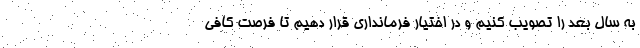
به سال بعد را تصویب کنیم و در اختیار فرمانداری قرار دهیم تا فرصت کافی